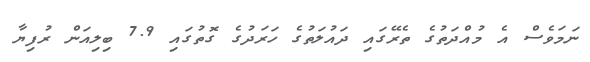
ނަމަވެސް އެ މުއްދަތުގެ ތެރޭގައި ދައުލަތުގެ ހަރަދުގެ ގޮތުގައި 7.9 ބިލިއަން ރުފިޔާ